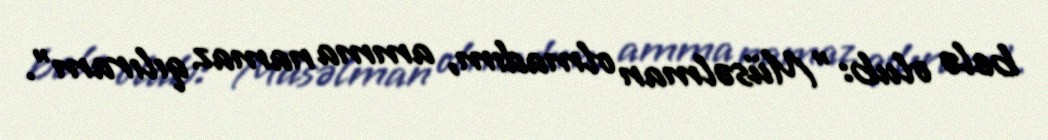
belə olub: "Müsəlman olmadım, amma namaz qılıram".